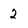
Character: 2